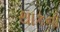
થાકનો